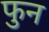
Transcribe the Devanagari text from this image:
फुन